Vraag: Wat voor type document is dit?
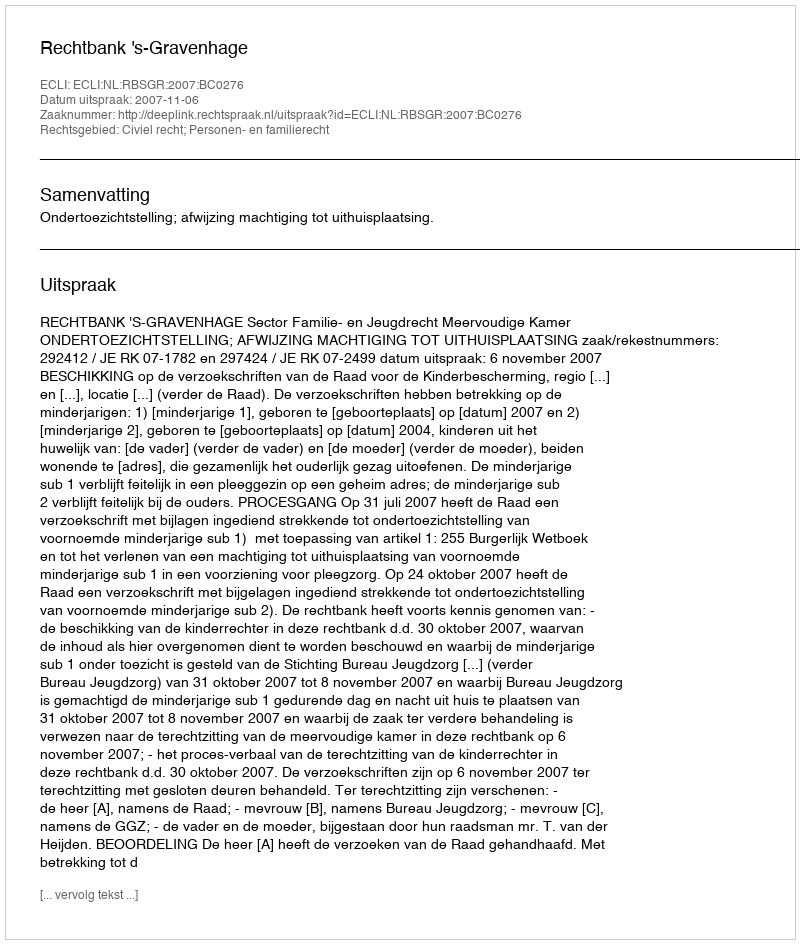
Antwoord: Uitspraak